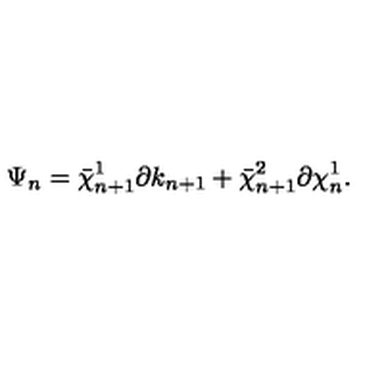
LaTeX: \Psi _ { n } = \bar { \chi } _ { n + 1 } ^ { 1 } \partial k _ { n + 1 } + \bar { \chi } _ { n + 1 } ^ { 2 } \partial \chi _ { n } ^ { 1 } .